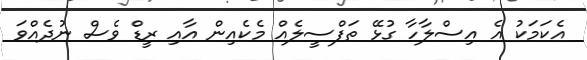
އެކަމަކު އެ އިސްލާހާ ގުޅޭ ތަފްސީލެއް މެކެއިން އާއި ރީޑް ވެސް ނުދެއްވަ